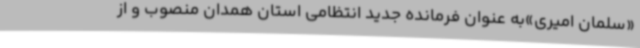
«سلمان امیری»به عنوان فرمانده جدید انتظامی استان همدان منصوب و از